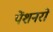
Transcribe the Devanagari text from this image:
पेंशनरों